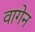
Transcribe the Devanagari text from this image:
वागेन